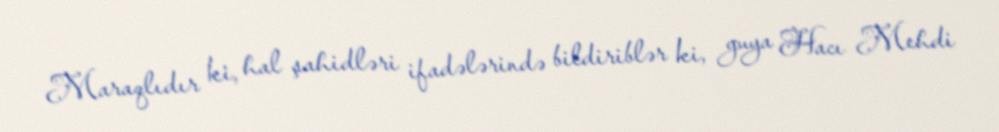
Maraqlıdır ki, hal şahidləri ifadələrində bildiriblər ki, guya Hacı Mehdi